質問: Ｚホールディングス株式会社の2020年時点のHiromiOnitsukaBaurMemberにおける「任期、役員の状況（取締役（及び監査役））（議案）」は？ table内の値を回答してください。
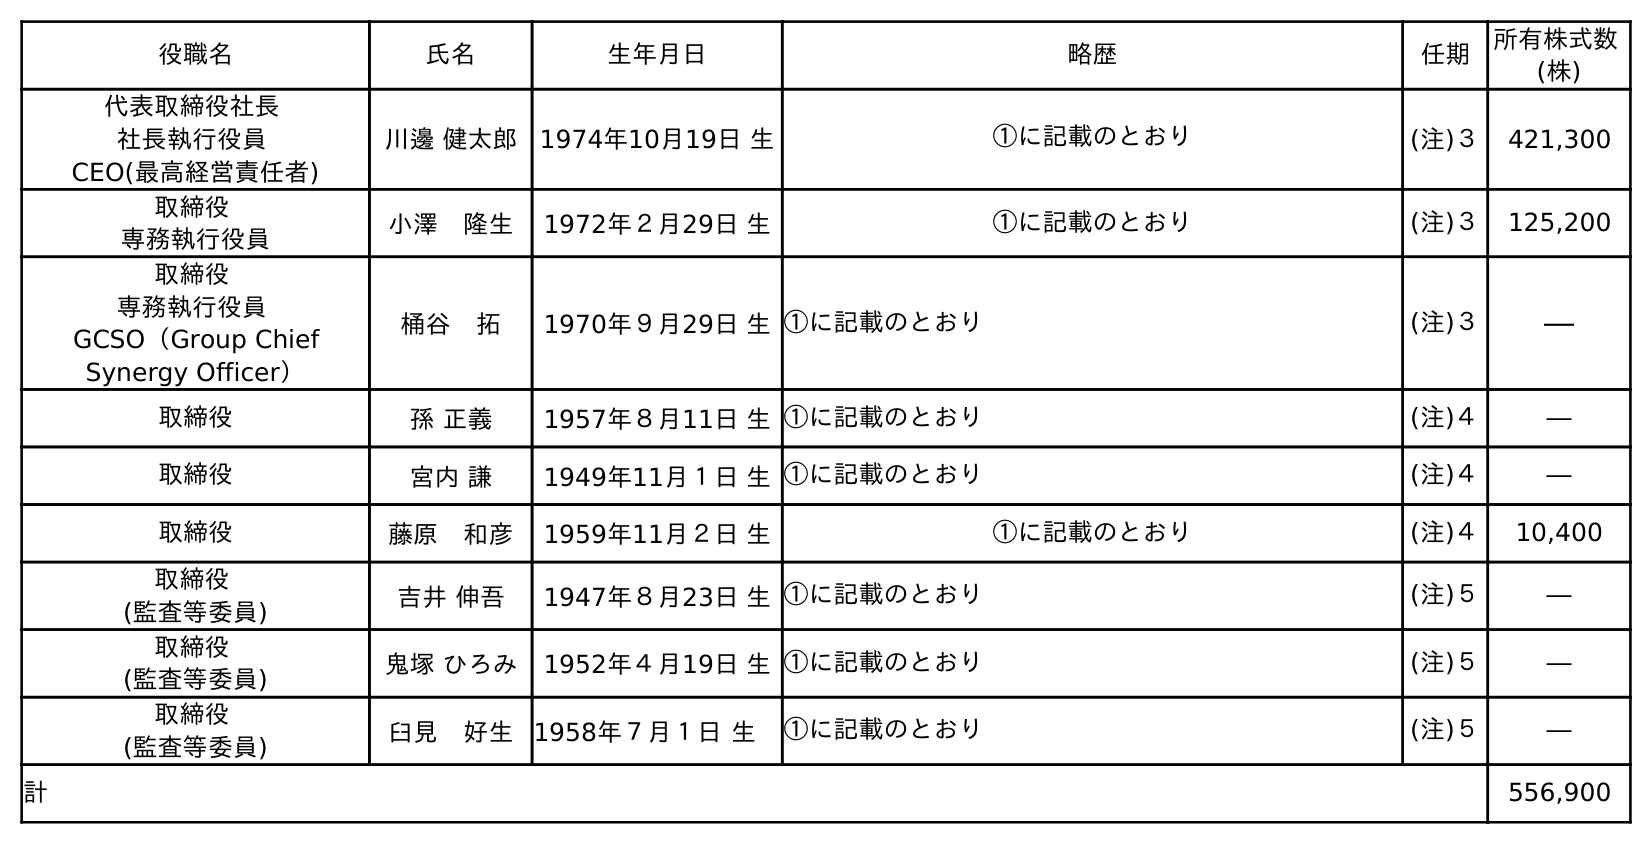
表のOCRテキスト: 役職名 氏名 生年月日 略歴 任期 所有株式数 (株) 代表取締役社長 社長執行役員 CEO(最高経営責任者) 川邊 健太郎 1974年10月19日 生 ①に記載のとおり (注)３ 421,300 取締役 専務執行役員 小澤 隆生 1972年２月29日 生 ①に記載のとおり (注)３ 125,200 取締役 専務執行役員 GCSO（Group Chief Synergy Officer） 桶谷 拓 1970年９月29日 生①に記載のとおり (注)３ ― 取締役 孫 正義 1957年８月11日 生①に記載のとおり (注)４ ― 取締役 宮内 謙 1949年11月１日 生①に記載のとおり (注)４ ― 取締役 藤原 和彦 1959年11月２日 生 ①に記載のとおり (注)４ 10,400 取締役 (監査等委員) 吉井 伸吾 1947年８月23日 生①に記載のとおり (注)５ ― 取締役 (監査等委員) 鬼塚 ひろみ 1952年４月19日 生①に記載のとおり (注)５ ― 取締役 (監査等委員) 臼見 好生 1958年７月１日 生 ①に記載のとおり (注)５ ― 計 556,900
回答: (注)５